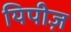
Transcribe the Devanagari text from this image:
यिपीज़